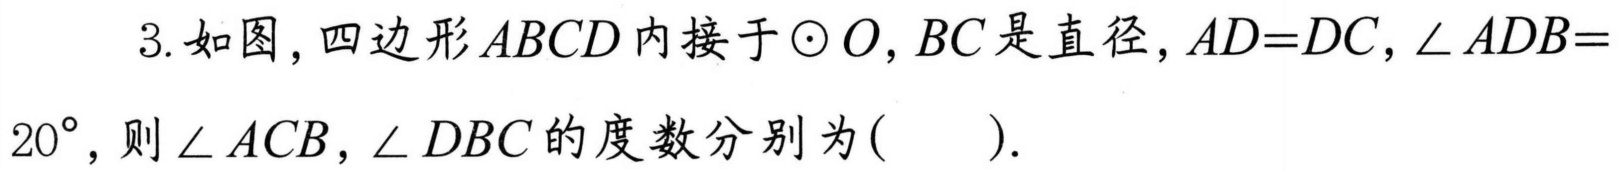
3.如图，四边形\(ABCD\)内接于\(\odot O\)，\(BC\)是直径，\(AD = DC\)，\(\angle ADB =20^{\circ}\)，则\(\angle ACB\)，\(\angle DBC\)的度数分别为(  ).